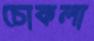
চোকলা